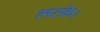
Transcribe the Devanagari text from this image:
लटके।